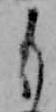
も